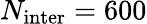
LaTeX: N_{\mathrm{inter}}=600